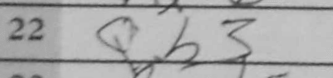
Transcription: Qb3